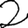
Digit: 2